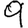
Digit: 9